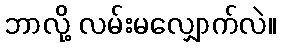
ဘာလို့ လမ်းမလျှောက်လဲ။